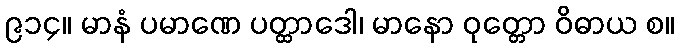
၉၁၄။ မာနံ ပမာဏေ ပတ္ထာဒေါ၊ မာနော ဝုတ္တော ဝိဓာယ စ။